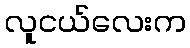
လူငယ်လေးက